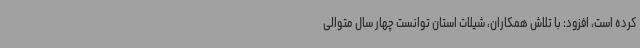
کرده است، افزود: با تلاش همکاران، شیلات استان توانست چهار سال متوالی